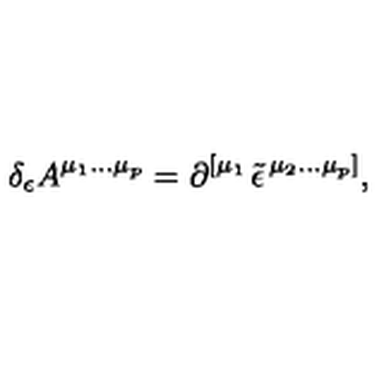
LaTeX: \delta _ { \epsilon } A ^ { \mu _ { 1 } \ldots \mu _ { p } } = \partial ^ { \left[ \mu _ { 1 } \right. } \tilde { \epsilon } ^ { \left. \mu _ { 2 } \ldots \mu _ { p } \right] } ,